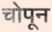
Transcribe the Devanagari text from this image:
चोपून